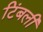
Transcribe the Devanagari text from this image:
टिंबली